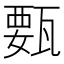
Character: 𰢥